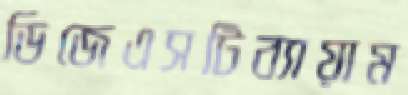
ডিজেএসটিব্যায়াম